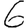
Digit: 6